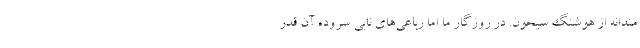
مندانه از هوشنگ سیحون. در روزگار ما اما رباعی‌های نابی سروده آن قدر